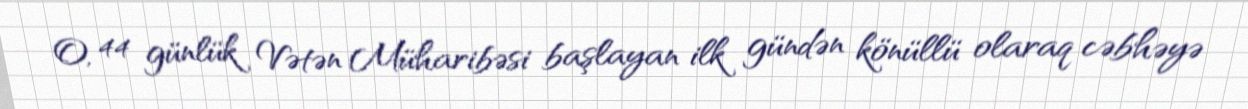
O, 44 günlük Vətən Müharibəsi başlayan ilk gündən könüllü olaraq cəbhəyə